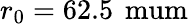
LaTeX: r_{0}=62.5\, \mathrm{\ mum}